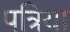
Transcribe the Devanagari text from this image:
पत्रिया